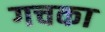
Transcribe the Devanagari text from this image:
गचका